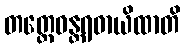
တတ္ထေဝန္တရဓာယိထာတိ